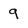
Character: 9